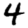
Digit: 4